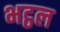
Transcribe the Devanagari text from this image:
भट्ठल